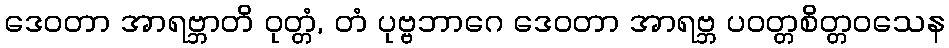
ဒေဝတာ အာရဗ္ဘာတိ ဝုတ္တံ, တံ ပုဗ္ဗဘာဂေ ဒေဝတာ အာရဗ္ဘ ပဝတ္တစိတ္တဝသေန